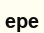
ере